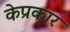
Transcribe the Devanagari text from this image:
केप्रकार